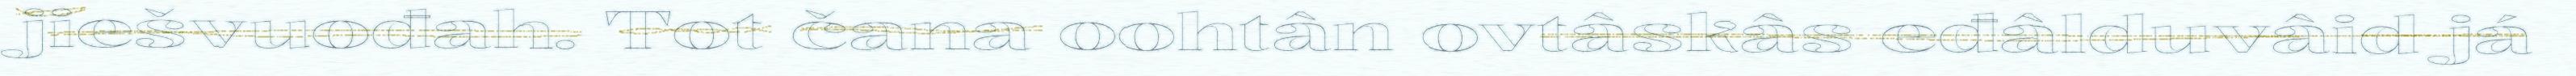
jiešvuođah. Tot čana oohtân ovtâskâs eđâlduvâid já